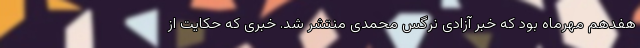
هفدهم مهرماه بود که خبر آزادی نرگس محمدی منتشر شد. خبری که حکایت از